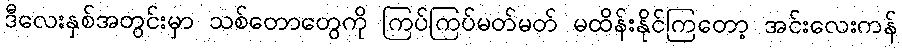
ဒီလေးနှစ်အတွင်းမှာ သစ်တောတွေကို ကြပ်ကြပ်မတ်မတ် မထိန်းနိုင်ကြတော့ အင်းလေးကန်